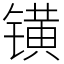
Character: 𨱑